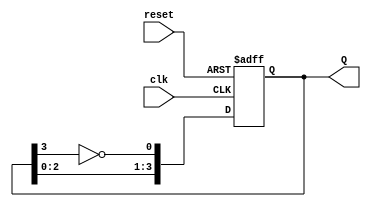
module johnson_counter #(
    parameter n = 4 // Number of flip-flops (can be changed as needed)
)(
    input wire clk,        // Clock input
    input wire reset,      // Asynchronous reset
    output reg [n-1:0] Q   // Output state of the counter
);

// Internal signal for the inverted output of the last flip-flop
wire feedback;

// Assign the inverted output of the last flip-flop to feedback
assign feedback = ~Q[n-1];

// Sequential logic for the Johnson Counter
always @(posedge clk or posedge reset) begin
    if (reset) begin
        // Initialize the counter to 0000
        Q <= 0;
    end else begin
        // Shift the state and feed back the inverted last flip-flop output
        Q <= {Q[n-2:0], feedback};
    end
end

endmodule